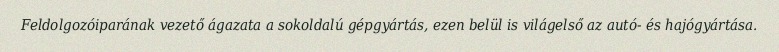
Feldolgozóiparának vezető ágazata a sokoldalú gépgyártás, ezen belül is világelső az autó- és hajógyártása.